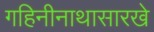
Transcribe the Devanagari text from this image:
गहिनीनाथासारखे